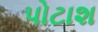
પોટાશ